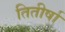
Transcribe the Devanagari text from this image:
तितीर्षा